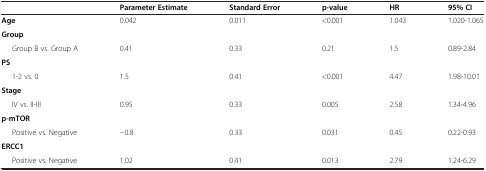
|  | Parameter Estimate | Standard Error | p-value | HR | 95% CI |
 | --- | --- | --- | --- | --- | --- |
 | Age | 0.042 | 0.011 | <0.001 | 1.043 | 1.020-1.065 |
 | Group |  |  |  |  |  |
 | Group B vs. Group A | 0.41 | 0.33 | 0.21 | 1.5 | 0.89-2.84 |
 | PS |  |  |  |  |  |
 | 1-2 vs. 0 | 1.5 | 0.41 | <0.001 | 4.47 | 1.98-10.01 |
 | Stage |  |  |  |  |  |
 | IV vs. II-III | 0.95 | 0.33 | 0.005 | 2.58 | 1.34-4.96 |
 | p-mTOR |  |  |  |  |  |
 | Positive vs. Negative | −0.8 | 0.33 | 0.031 | 0.45 | 0.22-0.93 |
 | ERCC1 |  |  |  |  |  |
 | Positive vs. Negative | 1.02 | 0.41 | 0.013 | 2.79 | 1.24-6.29 |